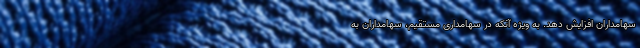
سهامداران افزایش دهد. به ویژه آنکه در سهامداری مستقیم، سهامداران به